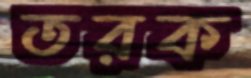
তরক